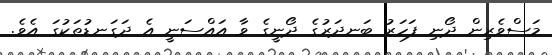
މަސްވެރިން ދޯނި ފަހަރު ބަނދަރުގެ ދޯނީގެ ވާ އައްސަނީ އެ ދަގަނޑުތަކުގަ އެވެ.